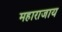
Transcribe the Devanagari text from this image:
महाराजाय